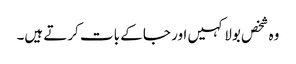
وہ شخص بولا کہیں اور جا کے بات کرتے ہیں۔